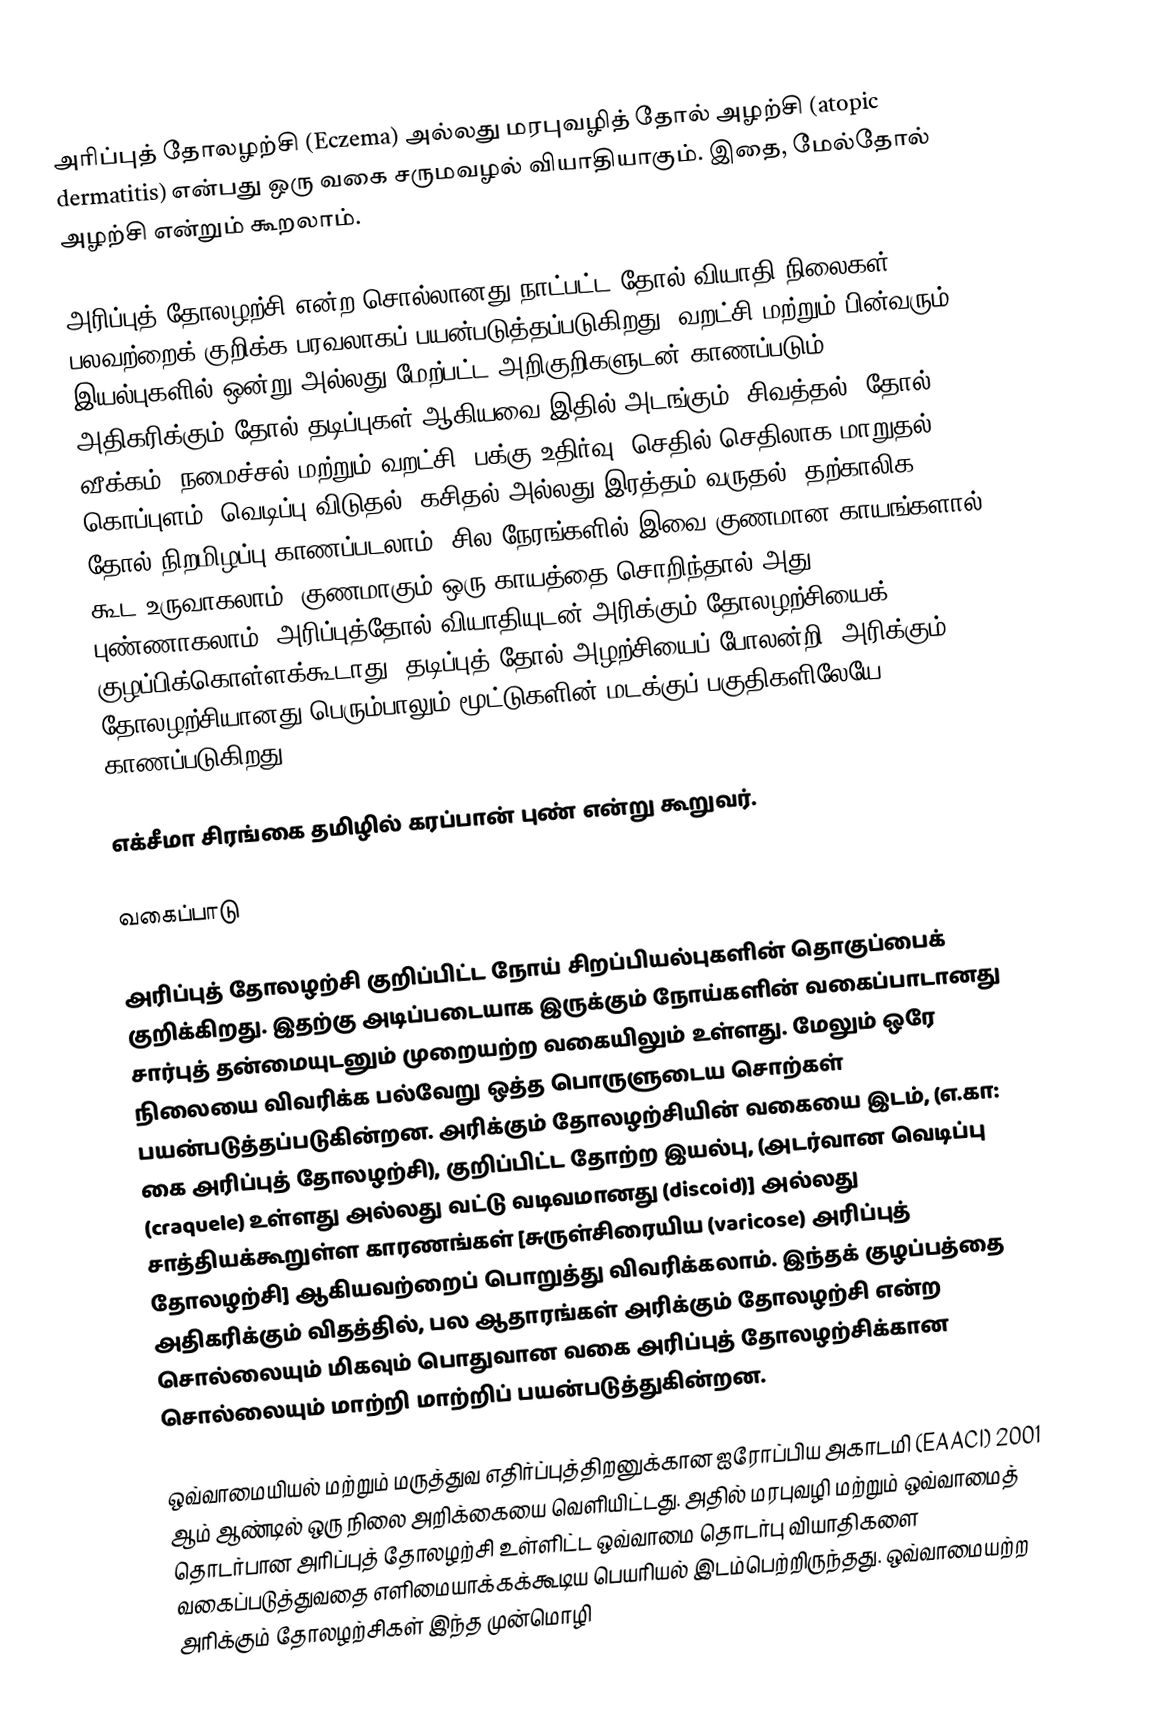
அரிப்புத் தோலழற்சி (Eczema) அல்லது மரபுவழித் தோல் அழற்சி (atopic dermatitis) என்பது ஒரு வகை சருமவழல் வியாதியாகும். இதை, மேல்தோல் அழற்சி என்றும் கூறலாம்.

அரிப்புத் தோலழற்சி என்ற சொல்லானது நாட்பட்ட தோல் வியாதி நிலைகள் பலவற்றைக் குறிக்க பரவலாகப் பயன்படுத்தப்படுகிறது. வறட்சி மற்றும் பின்வரும் இயல்புகளில் ஒன்று அல்லது மேற்பட்ட அறிகுறிகளுடன் காணப்படும் அதிகரிக்கும் தோல் தடிப்புகள் ஆகியவை இதில் அடங்கும்: சிவத்தல், தோல் வீக்கம், நமைச்சல் மற்றும் வறட்சி, பக்கு உதிர்வு, செதில் செதிலாக மாறுதல், கொப்புளம், வெடிப்பு விடுதல், கசிதல் அல்லது இரத்தம் வருதல். தற்காலிக தோல் நிறமிழப்பு காணப்படலாம். சில நேரங்களில் இவை குணமான காயங்களால் கூட உருவாகலாம். குணமாகும் ஒரு காயத்தை சொறிந்தால் அது புண்ணாகலாம். அரிப்புத்தோல் வியாதியுடன் அரிக்கும் தோலழற்சியைக் குழப்பிக்கொள்ளக்கூடாது. தடிப்புத் தோல் அழற்சியைப் போலன்றி, அரிக்கும் தோலழற்சியானது பெரும்பாலும் மூட்டுகளின் மடக்குப் பகுதிகளிலேயே காணப்படுகிறது.

எக்சீமா சிரங்கை தமிழில் கரப்பான் புண் என்று கூறுவர்.

வகைப்பாடு

அரிப்புத் தோலழற்சி குறிப்பிட்ட நோய் சிறப்பியல்புகளின் தொகுப்பைக் குறிக்கிறது. இதற்கு அடிப்படையாக இருக்கும் நோய்களின் வகைப்பாடானது சார்புத் தன்மையுடனும் முறையற்ற வகையிலும் உள்ளது. மேலும் ஒரே நிலையை விவரிக்க பல்வேறு ஒத்த பொருளுடைய சொற்கள் பயன்படுத்தப்படுகின்றன. அரிக்கும் தோலழற்சியின் வகையை இடம், (எ.கா: கை அரிப்புத் தோலழற்சி), குறிப்பிட்ட தோற்ற இயல்பு, (அடர்வான  வெடிப்பு (craquele) உள்ளது அல்லது வட்டு வடிவமானது (discoid)] அல்லது சாத்தியக்கூறுள்ள காரணங்கள் [சுருள்சிரையிய (varicose) அரிப்புத் தோலழற்சி] ஆகியவற்றைப் பொறுத்து விவரிக்கலாம். இந்தக் குழப்பத்தை அதிகரிக்கும் விதத்தில், பல ஆதாரங்கள் அரிக்கும் தோலழற்சி என்ற சொல்லையும் மிகவும் பொதுவான வகை அரிப்புத் தோலழற்சிக்கான சொல்லையும் மாற்றி மாற்றிப் பயன்படுத்துகின்றன.

ஒவ்வாமையியல் மற்றும் மருத்துவ எதிர்ப்புத்திறனுக்கான ஐரோப்பிய அகாடமி (EAACI) 2001 ஆம் ஆண்டில் ஒரு நிலை அறிக்கையை வெளியிட்டது. அதில் மரபுவழி மற்றும் ஒவ்வாமைத் தொடர்பான அரிப்புத் தோலழற்சி உள்ளிட்ட ஒவ்வாமை தொடர்பு  வியாதிகளை வகைப்படுத்துவதை எளிமையாக்கக்கூடிய பெயரியல் இடம்பெற்றிருந்தது. ஒவ்வாமையற்ற அரிக்கும் தோலழற்சிகள் இந்த முன்மொழி